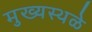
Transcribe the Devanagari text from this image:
मुख्यस्थळे